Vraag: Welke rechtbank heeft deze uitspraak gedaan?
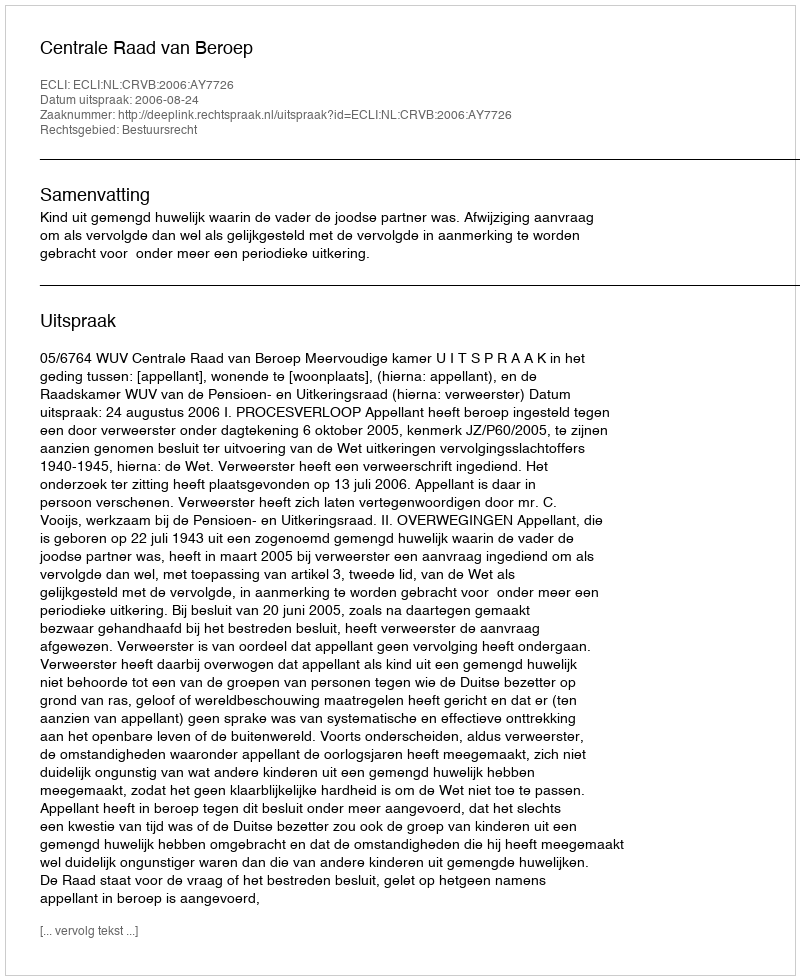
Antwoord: Centrale Raad van Beroep